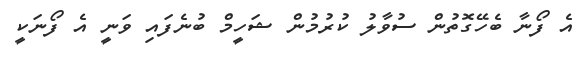
އެ ފޯނާ ބެހޭގޮތުން ސުވާލު ކުރުމުން ޝަހީމް ބުނެފައި ވަނީ އެ ފޯނަކީ